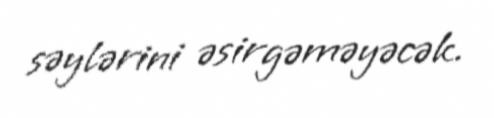
səylərini əsirgəməyəcək.